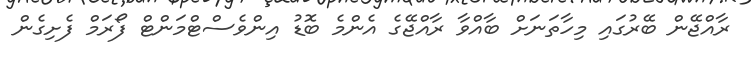
ރާއްޖޭން ބޭރުގައި މިހާތަނަށް ބާއްވާ ރާއްޖޭގެ އެންމެ ބޮޑު އިންވެސްޓްމަންޓް ފޯރަމް ފެށިގެން